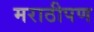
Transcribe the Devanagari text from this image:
मराठीपण